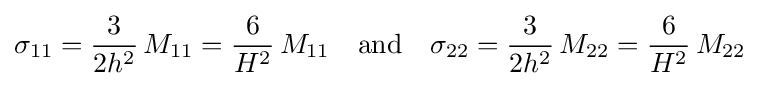
\sigma _{11}={\frac {3}{2h^{2}}}\,M_{11}={\frac {6}{H^{2}}}\,M_{11}\quad {\text{and}}\quad \sigma _{22}={\frac {3}{2h^{2}}}\,M_{22}={\frac {6}{H^{2}}}\,M_{22}